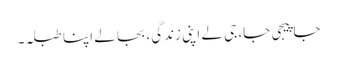
جا پیجی جا، جی لے اپنی زندگی، بجا لے اپنا طبلہ۔